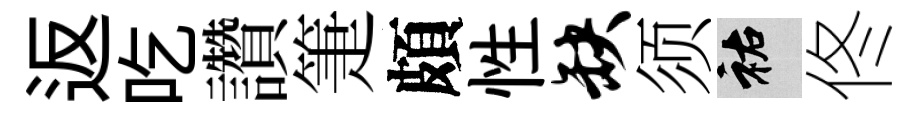
返吃讚箑頗性缺须祐佟